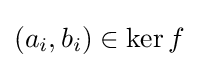
(a_{i},b_{i})\in \ker {f}